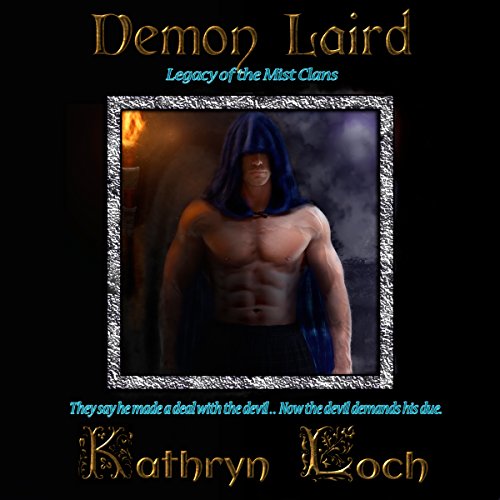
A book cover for Demon Laird: Legacy of the Mist Clans; Kathryn Loch; Romance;